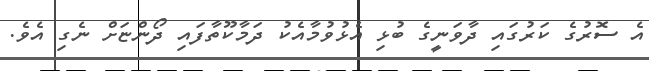
އެ ސޮރުގެ ކަރުގައި ދާވަނީގެ ބުޅި އެޅުވުމާއެކު ދަމާކޫތާފައި ދޯންޏަށް ނެގި އެވެ.